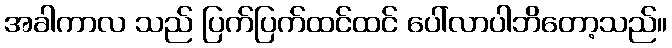
အခါကာလ သည် ပြက်ပြက်ထင်ထင် ပေါ်လာပါဘိတော့သည်။